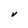
Character: V